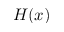
H ( x )